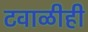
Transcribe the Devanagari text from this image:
टवाळीही